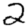
Digit: 2